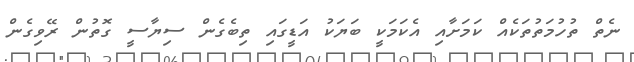
ނެތް ތުހުމަތުތަކެއް ކަމަށާއި އެކަމަކީ ބަޔަކު އަޑީގައި ތިބެގެން ސިޔާސީ ގޮތުން ރޭވިގެން